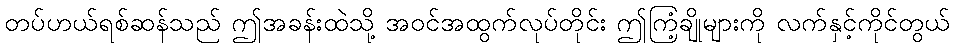
တပ်ဟယ်ရစ်ဆန်သည် ဤအခန်းထဲသို့ အဝင်အထွက်လုပ်တိုင်း ဤကြံ့ချိုများကို လက်နှင့်ကိုင်တွယ်